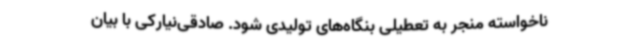
ناخواسته منجر به تعطیلی بنگاه‌های تولیدی شود. صادقی‌نیارکی با بیان